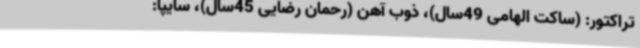
تراکتور: (ساکت الهامی 49سال)، ذوب‌ آهن (رحمان رضایی 45سال)، سایپا: